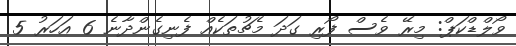
ވޯލްޑްކަޕް: މިރޭ ވެސް ފޯރި ގަދަ މެޗުތަކެއް ފެނިގެންދާނެ 6 އަހަރު 5